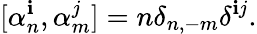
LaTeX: [\alpha_{n}^{\mathbf{i}},\alpha_{m}^{j}]=n\delta_{n,-m}\delta^{\mathbf{i}j}.